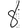
Digit: 8